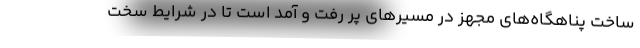
ساخت پناهگاه‌های مجهز در مسیرهای پر رفت و آمد است تا در شرایط سخت